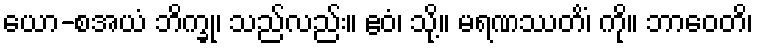
ယော-စအယံ ဘိက္ခု၊ သည်လည်း။ ဧဝံ၊ သို့။ မရဏဿတိံ၊ ကို။ ဘာဝေတိ၊